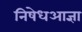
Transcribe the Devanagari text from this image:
निषेधआज्ञा